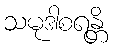
သမုဒါစရန္တိ